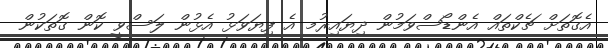
އެގޮތަށް ޗެކްތައް އެންޑޯސްވަމުން ދިޔައިރުމ އެ ފިޔަވަޅު އެޅުން ލަސްވީ ކޮން ގޮތަކުން